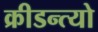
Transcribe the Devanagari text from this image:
क्रीडन्त्यो